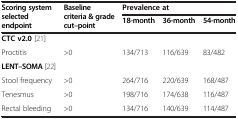
<table><thead><tr><td rowspan="2"><b>Scoring system selected endpoint</b></td><td rowspan="2"><b>Baseline criteria &amp; grade cut–point</b></td><td colspan="3"><b>Prevalence at</b></td></tr><tr><td><b>18-month</b></td><td><b>36-month</b></td><td><b>54-month</b></td></tr></thead><tbody><tr><td><b>CTC v2.0</b> [21]</td><td></td><td></td><td></td><td></td></tr><tr><td>Proctitis</td><td>&gt;0</td><td>134/713</td><td>116/639</td><td>83/482</td></tr><tr><td><b>LENT–SOMA</b> [22]</td><td></td><td></td><td></td><td></td></tr><tr><td>Stool frequency</td><td>&gt;0</td><td>264/716</td><td>220/639</td><td>168/487</td></tr><tr><td>Tenesmus</td><td>&gt;0</td><td>198/716</td><td>174/638</td><td>116/487</td></tr><tr><td>Rectal bleeding</td><td>&gt;0</td><td>134/716</td><td>140/639</td><td>114/487</td></tr></tbody></table>